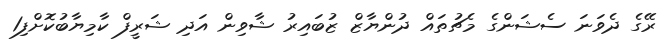
ރޭގެ ދެވަނަ ސެޝަންގެ މެޗުތައް ދުންޔާޒް ޒުބައިރު ޝާވިން އަދި ޝަރީފް ކާމިޔާބުކޮށްފި1